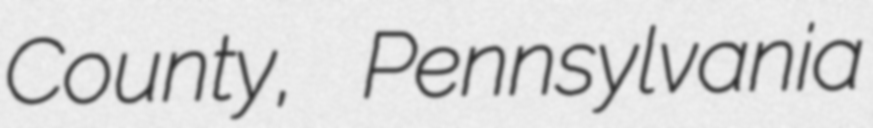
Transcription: County, Pennsylvania